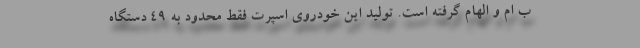
ب ام و الهام گرفته است. تولید این خودروی اسپرت فقط محدود به 49 دستگاه